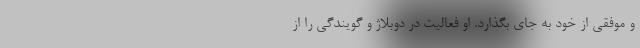
و موفقی از خود به جای بگذارد. او فعالیت در دوبلاژ و گویندگی را از